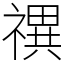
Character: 禩